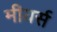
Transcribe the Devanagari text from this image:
मीयर्स